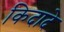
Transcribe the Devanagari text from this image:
किदादे